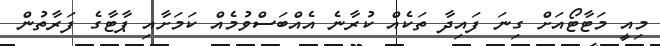
މިއީ މަޓާޓޯއަށް ގިނަ ފައިދާ ތަކެއް ކުރާނެ އެއްބަސްވުމެއް ކަމަށާއި ޕާޓާގެ ފަރާތުން